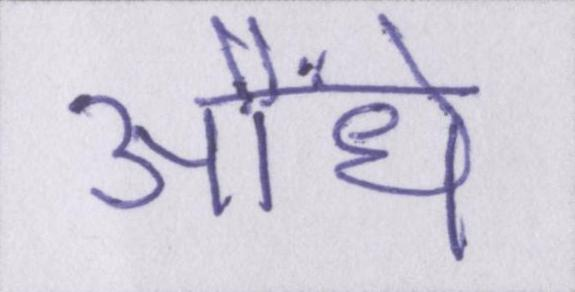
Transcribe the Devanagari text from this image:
औंधे